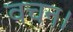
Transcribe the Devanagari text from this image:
वचन।